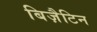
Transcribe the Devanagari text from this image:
बिज़ैटिन